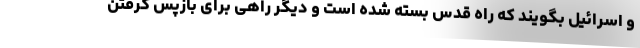
و اسرائیل بگویند که راه قدس بسته شده است و دیگر راهی برای بازپس گرفتن